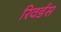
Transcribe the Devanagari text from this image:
रिवर्डस